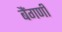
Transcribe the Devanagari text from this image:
बैंगणी